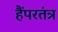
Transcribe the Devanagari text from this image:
हैंपरतंत्र